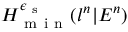
H _ { \mathrm { ~ m ~ i ~ n ~ } } ^ { \epsilon _ { \mathrm { ~ s ~ } } } ( l ^ { n } | E ^ { n } )